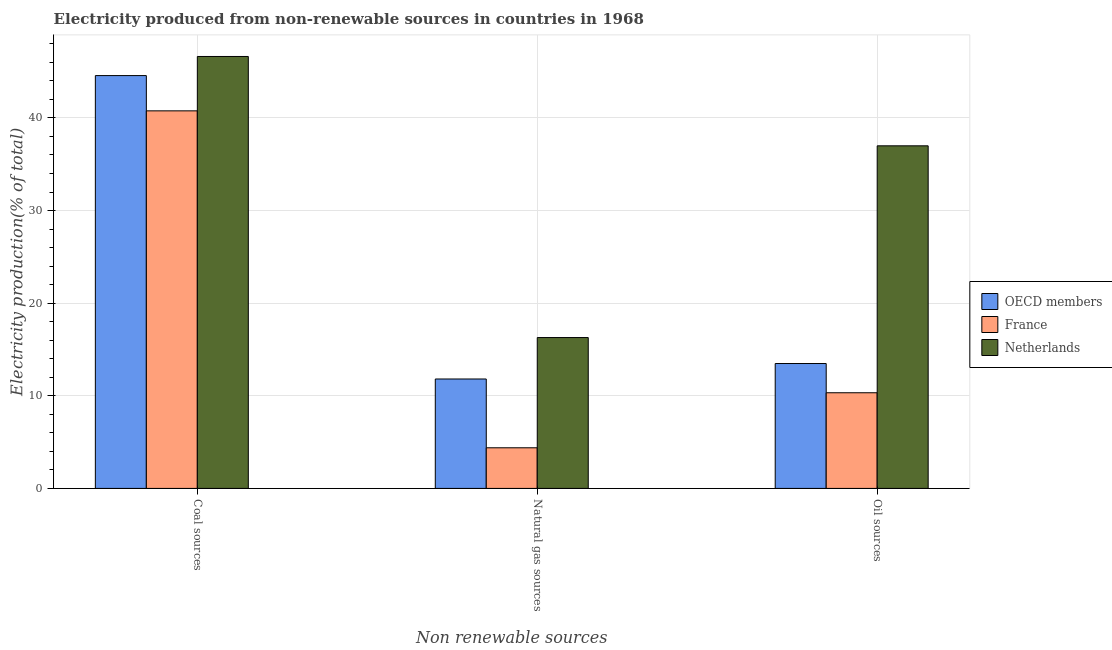
| Non renewable sources | OECD members | France | Netherlands |
 | --- | --- | --- | --- |
 | Coal sources | 44.6 | 40.8 | 46.6 |
 | Natural gas sources | 11.8 | 4.39 | 16.3 |
 | Oil sources | 13.5 | 10.3 | 37 |